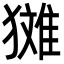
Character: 𪻉